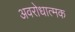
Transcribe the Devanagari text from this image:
अवरोधात्मक